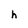
Character: h